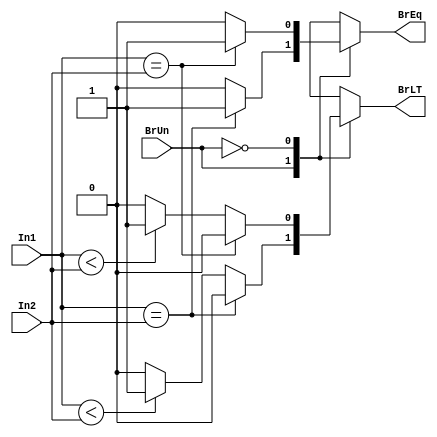
module branch(BrUn, BrEq, BrLT, In1, In2);

parameter DATA_SIZE = 32;

input BrUn;
input [DATA_SIZE-1:0] In1;
input [DATA_SIZE-1:0] In2;

output reg BrEq, BrLT;

parameter COMPARE_UNSIGNED = 1;
parameter COMARE_SIGNED = 0;

always @(In1 or In2 or BrUn) begin
	case (BrUn)
		COMPARE_UNSIGNED:
			if (In1 == In2) begin
				BrEq = 1;
				BrLT = 0;
			end
			else if (In1 < In2) begin
				BrEq = 0;
				BrLT = 1;
			end
			else begin
				BrEq = 0;
				BrLT = 0;
			end
		COMARE_SIGNED:
			if ($signed(In1) == $signed(In2)) begin
				BrEq = 1;
				BrLT = 0;
			end
			else if ($signed(In1) < $signed(In2)) begin
				BrEq = 0;
				BrLT = 1;
			end
			else begin
				BrEq = 0;
				BrLT = 0;
			end
	endcase
end
endmodule